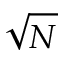
\sqrt { N }